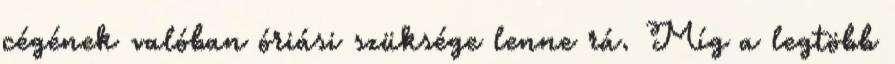
cégének valóban óriási szüksége lenne rá. Míg a legtöbb